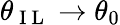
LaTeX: \theta_{\mathrm{~I~L~}}\to\theta_{0}